Rangoon Lunatic Asylum 1878-1892 - 1878-1892
Year: 1878
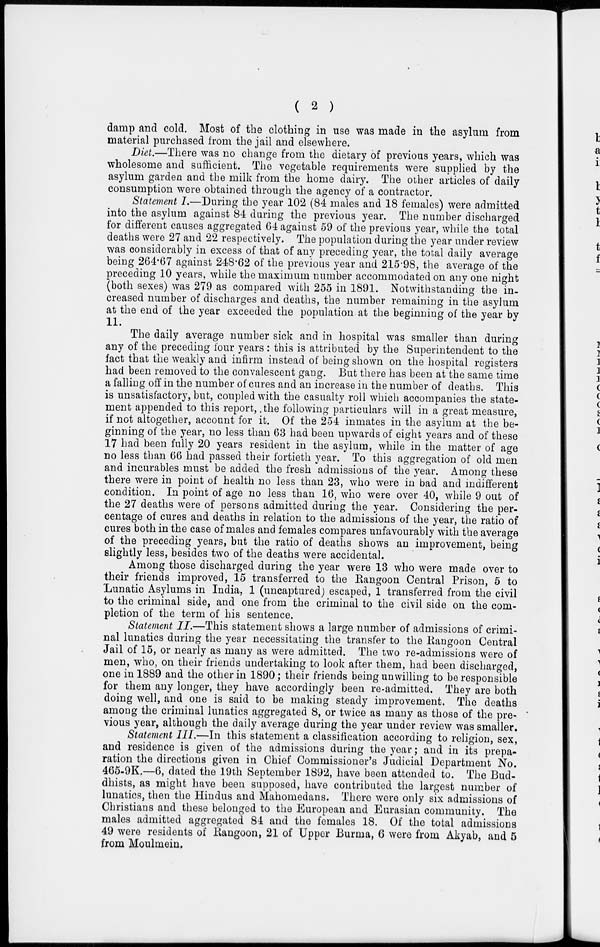
( 2 )
damp and cold. Most of the clothing in use was made in the asylum from
material purchased from the jail and elsewhere.
Diet.—There was no change from the dietary of previous years, which was
wholesome and sufficient. The vegetable requirements were supplied by the
asylum garden and the milk from the home dairy. The other articles of daily
consumption were obtained through the agency of a contractor.
Statement I.—During the year 102 (84 males and 18 females) were admitted
into the asylum against 84 during the previous year. The number discharged
for different causes aggregated 64 against 59 of the previous year, while the total
deaths were 27 and 22 respectively. The population during the year under review
was considerably in excess of that of any preceding year, the total daily average
being 264.67 against 248.62 of the previous year and 215.98, the average of the
preceding 10 years, while the maximum number accommodated on any one night
(both sexes) was 279 as compared with 255 in 1891. Notwithstanding the in-
creased number of discharges and deaths, the number remaining in the asylum
at the end of the year exceeded the population at the beginning of the year by
11.
The daily average number sick and in hospital was smaller than during
any of the preceding four years : this is attributed by the Superintendent to the
fact that the weakly and infirm instead of being shown on the hospital registers
had been removed to the convalescent gang. But there has been at the same time
a falling off in the number of cures and an increase in the number of deaths. This
is unsatisfactory, but, coupled with the casualty roll which accompanies the state-
ment appended to this report, the following particulars will in a great measure,
if not altogether, account for it. Of the 254 inmates in the asylum at the be-
ginning of the year, no less than 63 had been upwards of eight years and of these
17 had been fully 20 years resident in the asylum, while in the matter of age
no less than 66 had passed their fortieth year. To this aggregation of old men
and incurables must be added the fresh admissions of the year. Among these
there were in point of health no less than 23, who were in bad and indifferent
condition. In point of age no less than 16, who were over 40, while 9 out of
the 27 deaths were of persons admitted during the year. Considering the per-
centage of cures and deaths in relation to the admissions of the year, the ratio of
cures both in the case of males and females compares unfavourably with the average
of the preceding years, but the ratio of deaths shows an improvement, being
slightly less, besides two of the deaths were accidental.
Among those discharged during the year were 13 who were made over to
their friends improved, 15 transferred to the Rangoon Central Prison, 5 to
Lunatic Asylums in India, 1 (uncaptured) escaped, 1 transferred from the civil
to the criminal side, and one from the criminal to the civil side on the com-
pletion of the term of his sentence.
Statement II.—This statement shows a large number of admissions of crimi-
nal lunatics during the year necessitating the transfer to the Rangoon Central
Jail of 15, or nearly as many as were admitted. The two re-admissions were of
men, who, on their friends undertaking to look after them, had been discharged,
one in 1889 and the other in 1890; their friends being unwilling to be responsible
for them any longer, they have accordingly been re-admitted. They are both
doing well, and one is said to be making steady improvement. The deaths
among the criminal lunatics aggregated 8, or twice as many as those of the pre-
vious year, although the daily average during the year under review was smaller.
Statement III.—In this statement a classification according to religion, sex,
and residence is given of the admissions during the year; and in its prepa-
ration the directions given in Chief Commissioner's Judicial Department No.
465-9K.—6, dated the 19th September 1892, have been attended to. The Bud-
dhists, as might have been supposed, have contributed the largest number of
lunatics, then the Hindus and Mahomedans. There were only six admissions of
Christians and these belonged to the European and Eurasian community. The
males admitted aggregated 84 and the females 18. Of the total admissions
49 were residents of Rangoon, 21 of Upper Burma, 6 were from Akyab, and 5
from Moulmein.